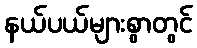
နယ်ပယ်များစွာတွင်